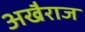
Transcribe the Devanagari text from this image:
अखैराज